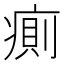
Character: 𰣷